65_HS1-834228961_62-HQ-83894_Section_5
Agency: FBI
Page 194
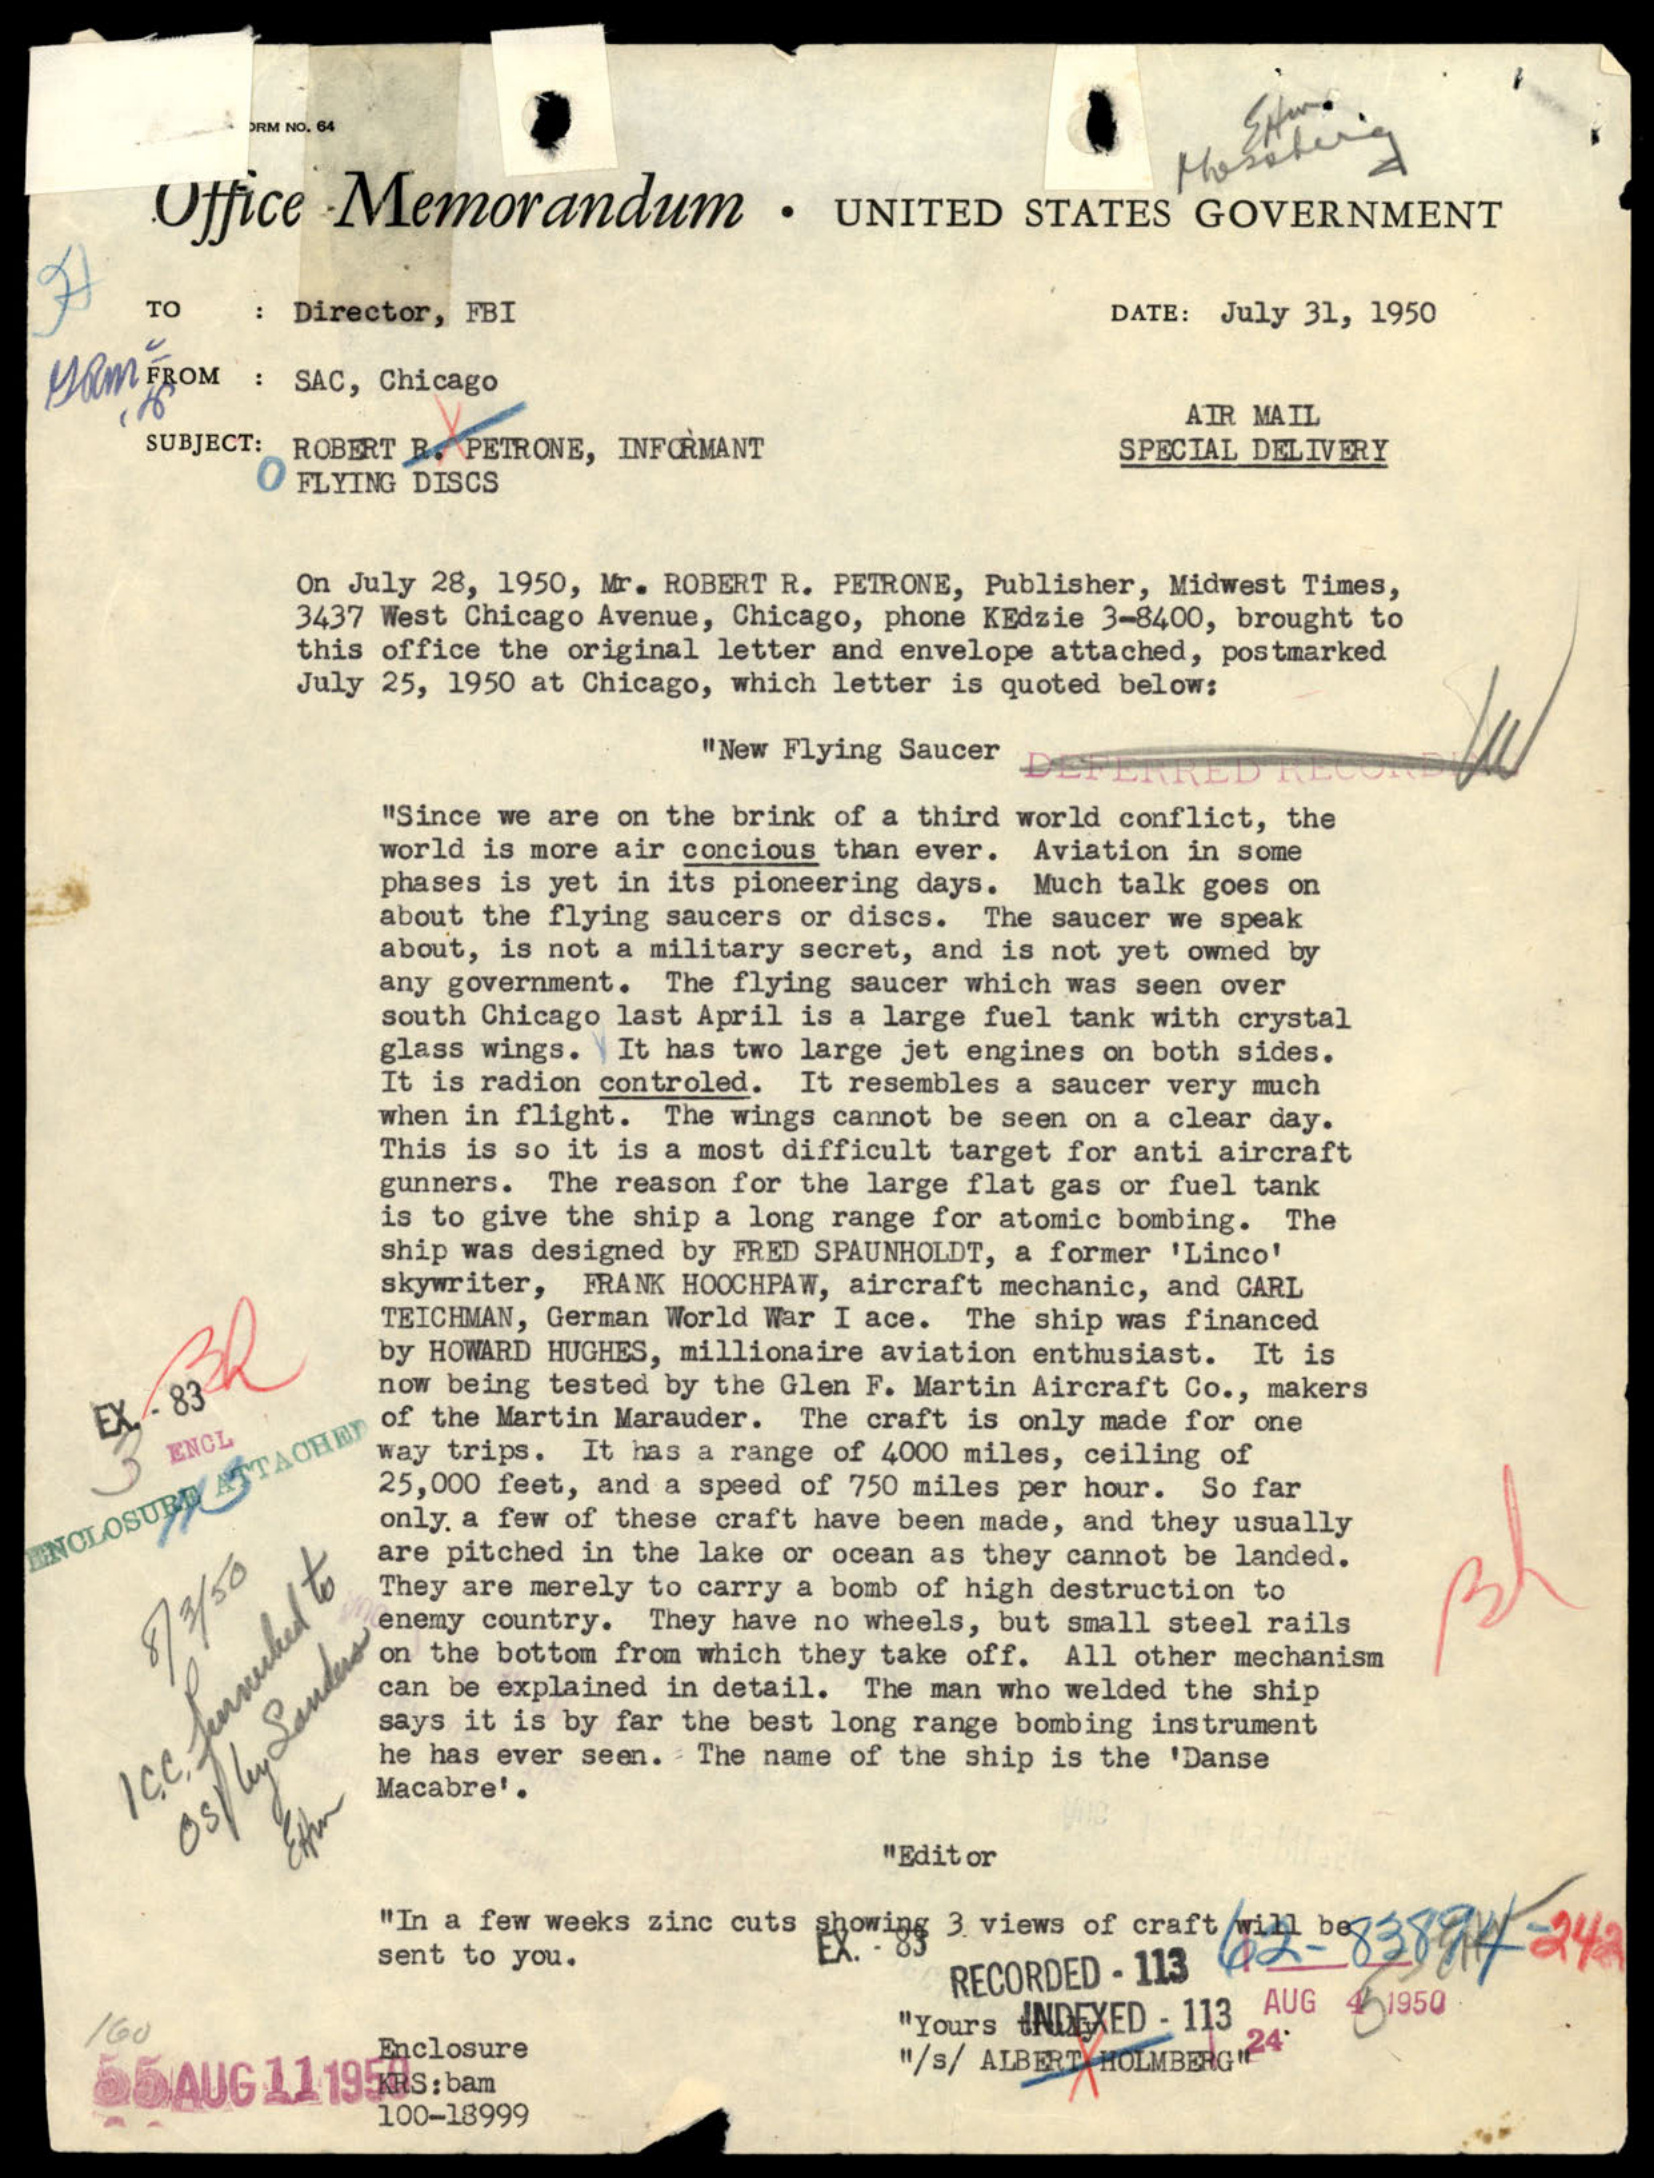